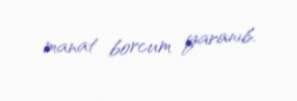
manat borcum yaranıb.